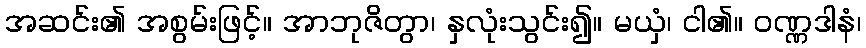
အဆင်း၏ အစွမ်းဖြင့်။ အာဘုဇိတွာ၊ နှလုံးသွင်း၍။ မယှံ၊ ငါ၏။ ဝဏ္ဏဒါနံ၊